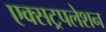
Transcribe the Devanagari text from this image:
एक्सट्रपलेशन